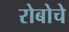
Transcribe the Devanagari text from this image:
रोबोचे